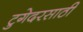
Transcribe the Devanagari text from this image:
टुगेदरसाठी